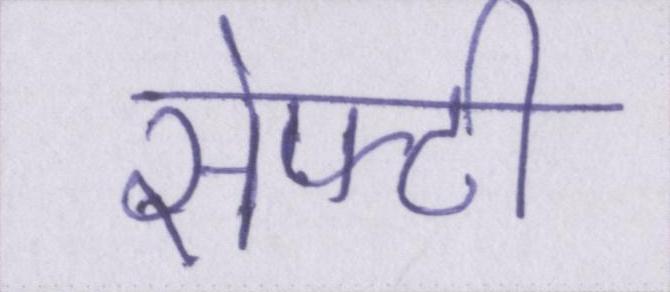
सेफ्टी